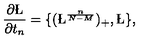
\frac { \partial \L } { \partial t _ { n } } = \{ ( \L ^ { \frac { n } { N - M } } ) _ { + } , \L \} ,